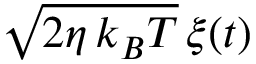
\sqrt { 2 \eta \, k _ { B } T } \, \xi ( t )